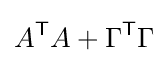
A^{\mathsf {T}}A+\Gamma ^{\mathsf {T}}\Gamma